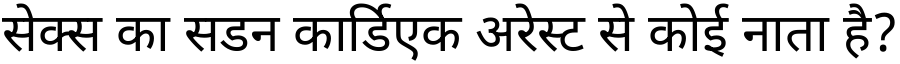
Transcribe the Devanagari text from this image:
सेक्स का सडन कार्डिएक अरेस्ट से कोई नाता है?